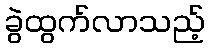
ခွဲထွက်လာသည့်